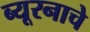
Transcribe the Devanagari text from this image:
ब्यूरनाचे